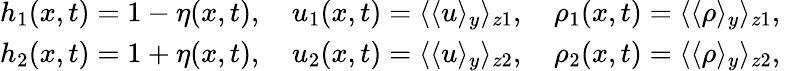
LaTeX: \begin{array}{r}{h_{1}(x,t)=1-\eta(x,t),\quad u_{1}(x,t)=\langle\langle u\rangle_{y}\rangle_{z1},\quad\rho_{1}(x,t)=\langle\langle\rho\rangle_{y}\rangle_{z1},\ }\\ {h_{2}(x,t)=1+\eta(x,t),\quad u_{2}(x,t)=\langle\langle u\rangle_{y}\rangle_{z2},\quad\rho_{2}(x,t)=\langle\langle\rho\rangle_{y}\rangle_{z2},\ }\end{array}